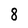
Character: 8